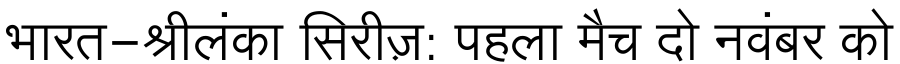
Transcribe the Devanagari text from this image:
भारत-श्रीलंका सिरीज़: पहला मैच दो नवंबर को